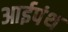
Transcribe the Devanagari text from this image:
आईपंथ